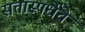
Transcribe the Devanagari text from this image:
सत्तास्पर्धेचे